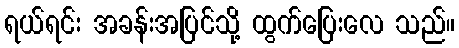
ရယ်ရင်း အခန်းအပြင်သို့ ထွက်ပြေးလေ သည်။